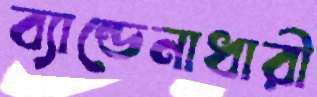
ব্যান্ডেনাধারী